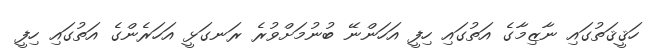
ހަޤީޤަތުގައި ނާޒިމާގެ އަތުގައި ހިފީ އަހަންނޭ ބުނުމަށްވުރެ ރަނގަޅީ އަހަރެންގެ އަތުގައި ހިފީ